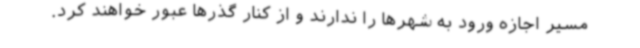
مسیر اجازه ورود به شهرها را ندارند و از کنار گذرها عبور خواهند کرد.